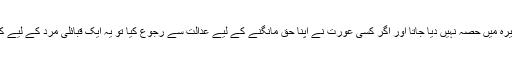
قبائلی خواتین کو وراثت وغیرہ میں حصہ نہیں دیا جاتا اور اگر کسی عورت نے اپنا حق مانگنے کے لیے عدالت سے رجوع کیا تو یہ ایک قبائلی مرد کے لیے کٹھن اور مشکل امتحان ہوگا۔